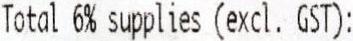
TOTAL 6% SUPPLIES (EXCL. GST):